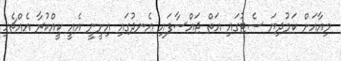
މިއާއަށް ކަމުދިޔަ ސެޓުގައި އަތް ޖައްސާފައި އެނދުގައި އިށީނީ އެއީ ކީއްކުރާ އެއްޗެހި